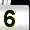
Digit: 5